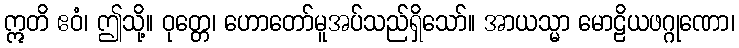
ဣတိ ဧဝံ၊ ဤသို့။ ဝုတ္တေ၊ ဟောတော်မူအပ်သည်ရှိသော်။ အာယသ္မာ မောဠိယဖဂ္ဂုဏော၊